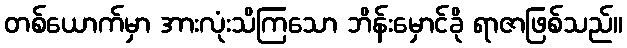
တစ်ယောက်မှာ အားလုံးသိကြသော ဘိန်းမှောင်ခို ရာဇာဖြစ်သည်။